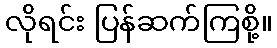
လိုရင်း ပြန်ဆက်ကြစို့။